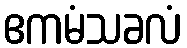
ဧကမံသခလံ